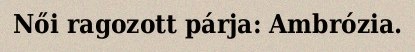
Női ragozott párja: Ambrózia.